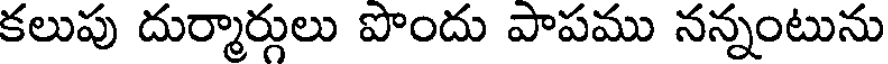
కలుపు దుర్మార్గులు పొందు పాపము నన్నంటును